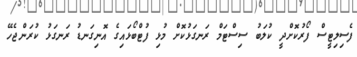
ފެސިލިޓީސް ފޯރުކޮށްދީ ކުލަބު ސިސްޓަމް ރަނގަޅުކޮށް މުޅި ފުޓްބޯޅައިގެ އޮނިގަނޑު ރަނގަޅު ކުރަންޖެހޭ